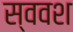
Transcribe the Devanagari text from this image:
स्ववश